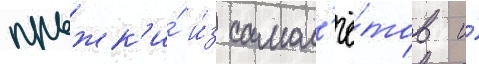
прыжк'и́ и́з самол'ё́тов и́